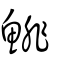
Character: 鯡